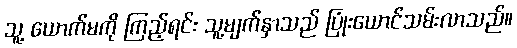
သူ့ ယောက်မကို ကြည့်ရင်း သူ့မျက်နှာသည် ပြုံးယောင်သမ်းလာသည်။